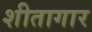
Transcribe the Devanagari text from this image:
शीतागार